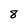
Character: 8